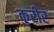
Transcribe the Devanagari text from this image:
कुरीर